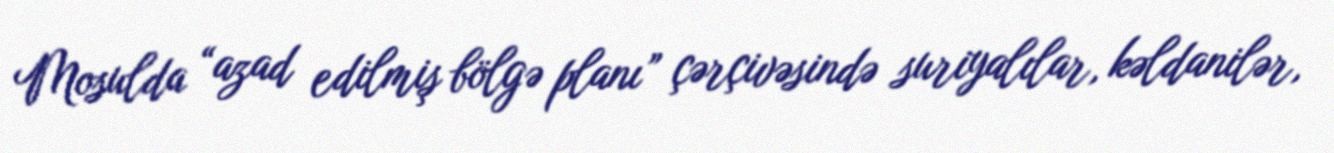
Mosulda “azad edilmiş bölgə planı” çərçivəsində suriyalılar, kəldanilər,